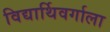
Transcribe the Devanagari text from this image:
विद्यार्थिवर्गाला